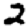
Digit: 2